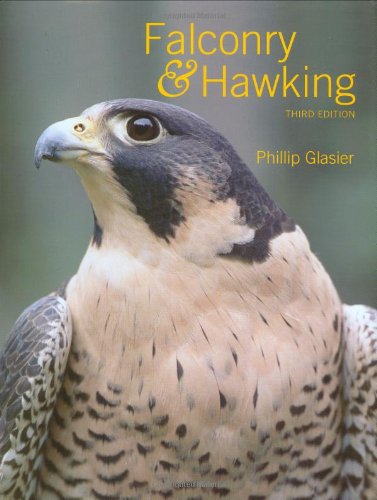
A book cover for Falconry & Hawking; Phillip Glasier; Crafts, Hobbies & Home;